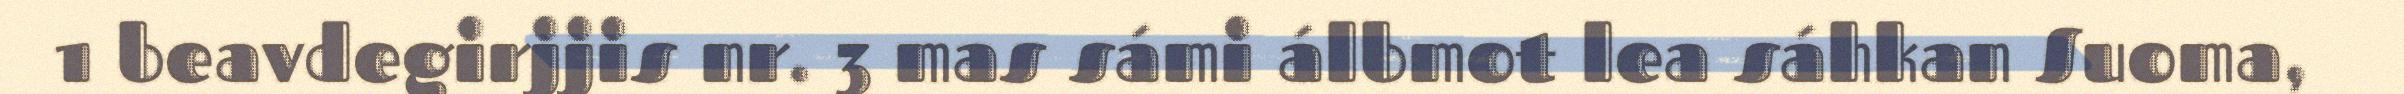
1 beavdegirjjis nr. 3 mas sámi álbmot lea sáhkan Suoma,